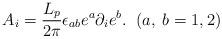
LaTeX: \begin{align*}A_i=\frac{L_p}{2\pi }\epsilon _{ab}e^a\partial _ie^b.\;\;(a,\;b=1,2)\end{align*}